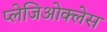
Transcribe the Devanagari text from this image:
प्लेजिओक्लेस